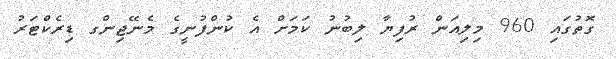
ގޮތުގައި 960 މިލިއަން ރުފިޔާ ލިބުނު ކަމަށް އެ ކުންފުނީގެ މެނޭޖިންގ ޑިރެކްޓަރު